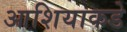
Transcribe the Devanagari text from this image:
आशियाकडे